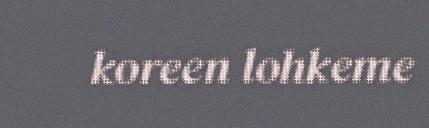
koreen lohkeme